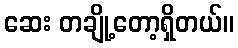
ဆေး တချို့တော့ရှိတယ်။